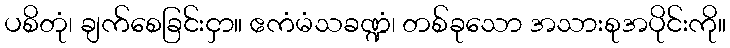
ပစိတုံ၊ ချက်စေခြင်းငှာ။ ဧကံမံသခဏ္ဍံ၊ တစ်ခုသော အသားစုအပိုင်းကို။